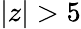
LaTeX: |z|>5